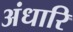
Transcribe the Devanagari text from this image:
अंधारि